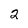
Character: 2